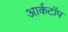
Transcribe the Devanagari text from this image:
आर्कटॉप